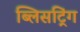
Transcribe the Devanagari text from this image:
ब्लिसट्रिंग